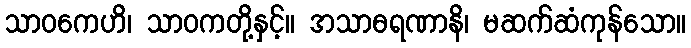
သာဝကေဟိ၊ သာဝကတို့နှင့်။ အသာဓရဏာနိ၊ မဆက်ဆံကုန်သော။